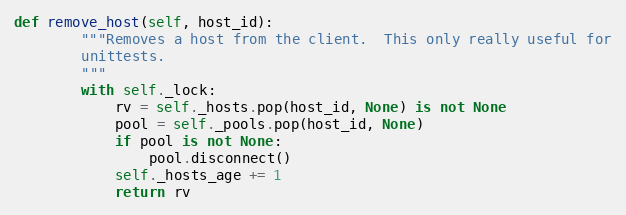
Language: Python
def remove_host(self, host_id):
        """Removes a host from the client.  This only really useful for
        unittests.
        """
        with self._lock:
            rv = self._hosts.pop(host_id, None) is not None
            pool = self._pools.pop(host_id, None)
            if pool is not None:
                pool.disconnect()
            self._hosts_age += 1
            return rv